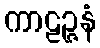
ကာဠဉ္ဇနံ